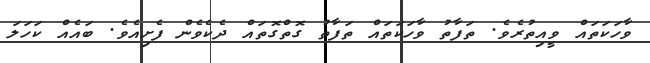
ވާހަކަތައް ވީއިތުރެވެ. ތަފާތު ވާހަކަތައް ތަފާތު ގޮތްގޮތައް ދެކެވެން ފެށިއެވެ. ބައެއް ކަހަލަ